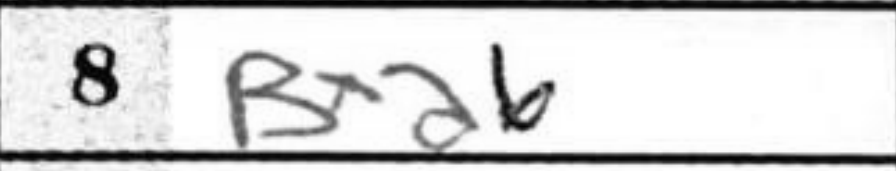
Transcription: Bxa6